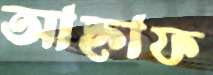
আহ্নাফ